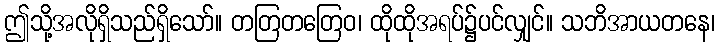
ဤသို့အလိုရှိသည်ရှိသော်။ တတြတတြေဝ၊ ထိုထိုအရပ်၌ပင်လျှင်။ သဘိအာယတနေ၊